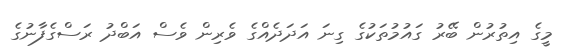
މީގެ އިތުރުން ބޭރު ގައުމުތަކުގެ ގިނަ އަދަދެއްގެ ވެރިން ވެސް އަބްދު ރަސްގެފާނުގެ